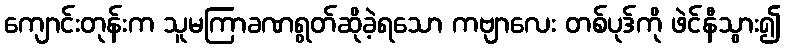
ကျောင်းတုန်းက သူမကြာခဏရွတ်ဆိုခဲ့ရသော ကဗျာလေး တစ်ပုဒ်ကို ဖဲင်နီသွား၍